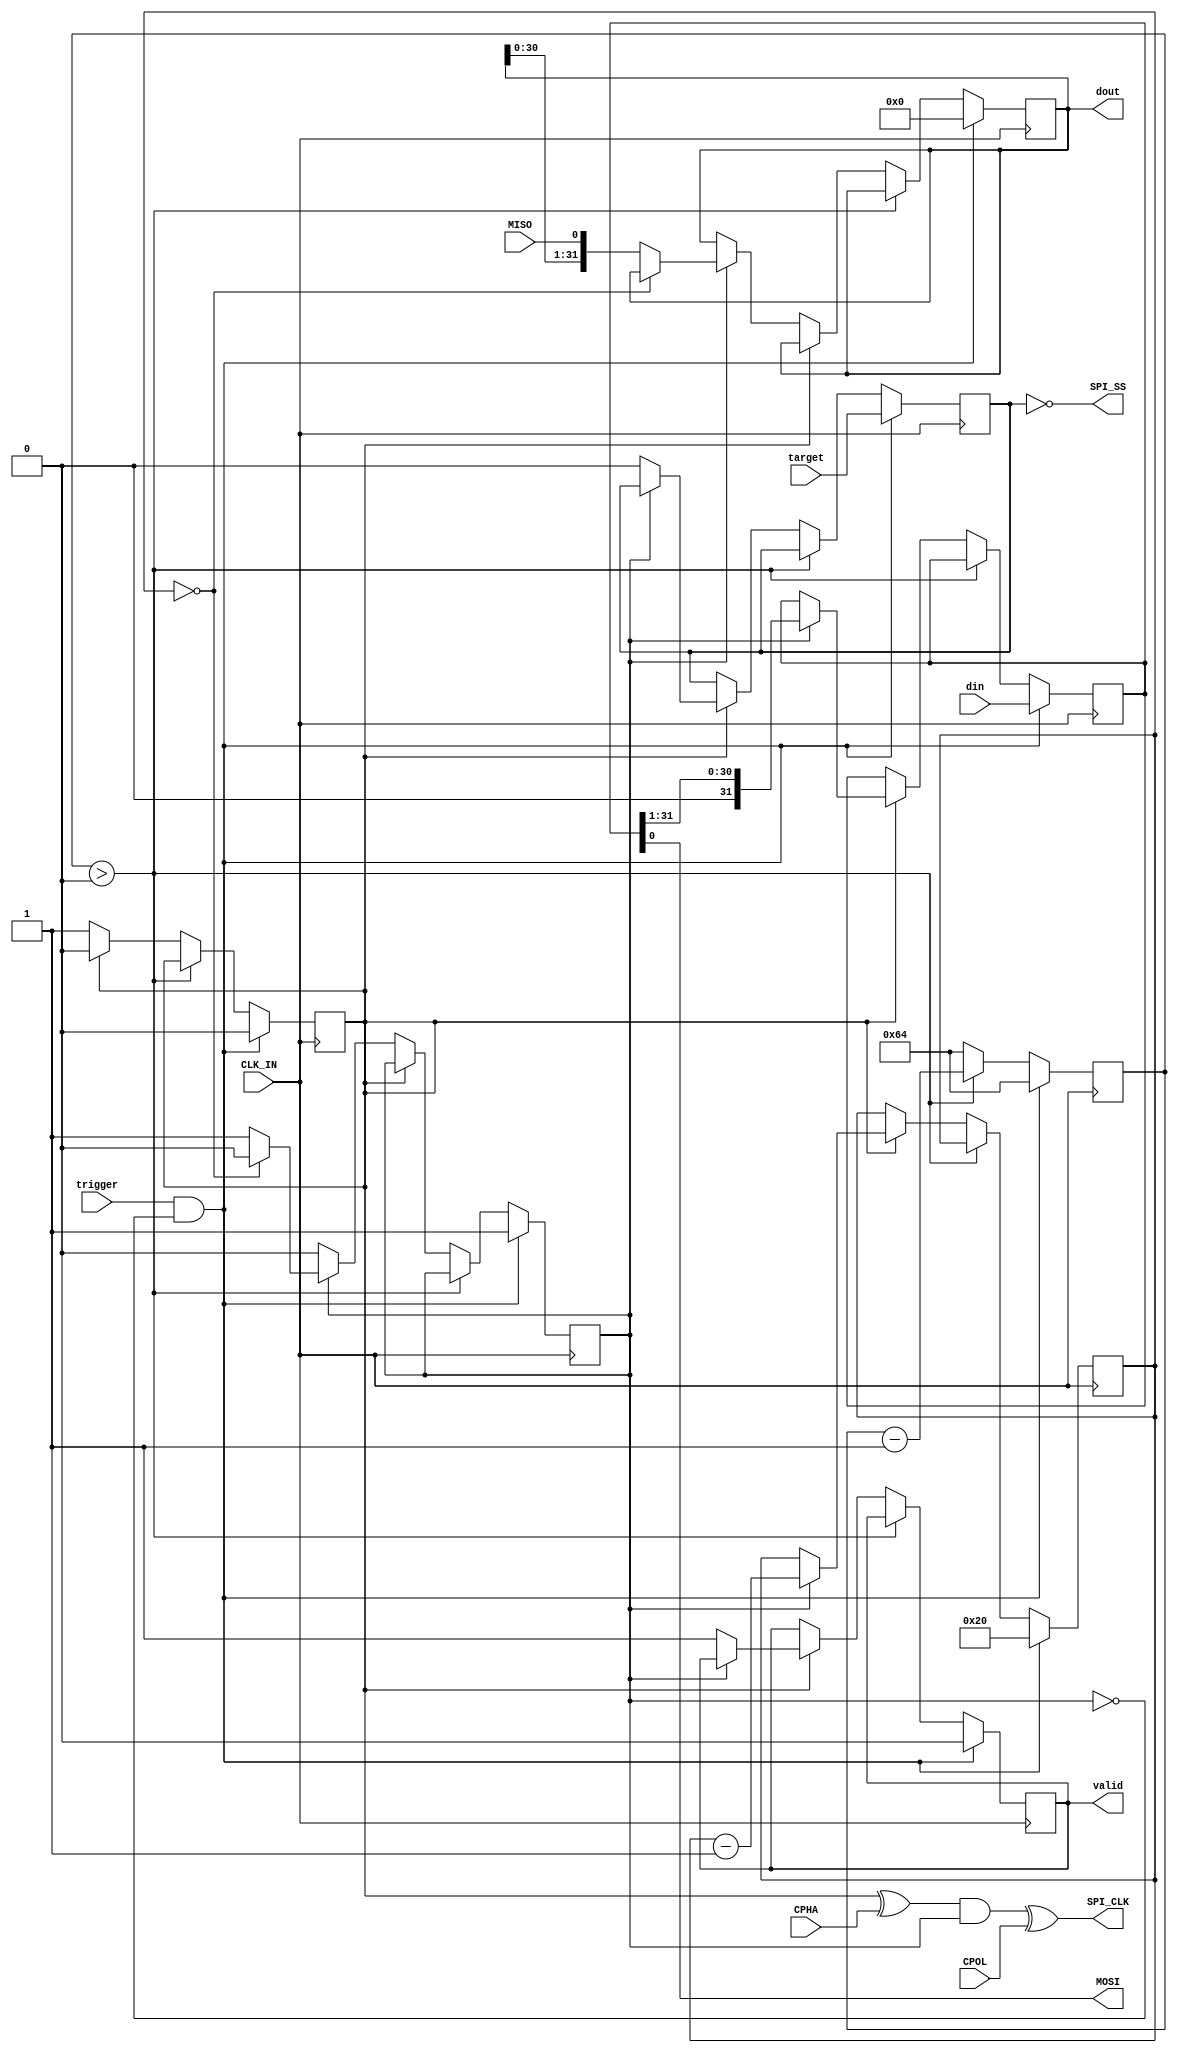
`timescale 1ns / 1ps
//////////////////////////////////////////////////////////////////////////////////
// Company: 
// Engineer: 
// 
// Design Name: 
// Module Name:    spi_master 
// Project Name: 
// Target Devices: 
// Tool versions: 
// Description: 
//
// Dependencies: 
//
// Revision: 
// Revision 0.01 - File Created
// Additional Comments: 
//
//////////////////////////////////////////////////////////////////////////////////
module spi_master_4byte(
    MISO,
    MOSI,
    SPI_CLK,
    SPI_SS,
    CLK_IN,
    din,
    dout,
    trigger,
    target,
	 valid,
	 CPOL,
	 CPHA
    );
	 
	 parameter N = 1; //number of slave select bits
	 parameter C = 32; //maximum transmission length in bits, up to 2^32
	 parameter CLK_RATIO = 100;

	 input MISO;
    output MOSI;
    output SPI_CLK;
    output [N - 1:0] SPI_SS;
    input CLK_IN;
    input [C - 1:0] din;
    output [C - 1:0] dout;
    input trigger;
    input [N - 1:0] target;
	 output valid;
	 input CPOL;
	 input CPHA;
	 
	 reg [C - 1:0] shift_out;
	 reg [C - 1:0] shift_in;
	 reg [31:0] counter;
	 reg running;
	 reg valid_i;
	 reg [N - 1: 0] SS_i;
	 reg SPI_CLK_i;
	 reg [31:0] clk_div;
	 
	 initial running = 0;
	 initial valid_i = 0;
	 initial SS_i = 0;
	 initial SPI_CLK_i = 0;
	 initial clk_div = CLK_RATIO;
	 
	 always @(posedge CLK_IN) begin
		if (trigger & ~running) begin
			running <= 1;
			counter <= C;
			shift_out <= din;
			shift_in <= 0;
			SS_i <= target;
			valid_i <= 0;
			clk_div <= CLK_RATIO;
			SPI_CLK_i <= 0;
		end else if (clk_div > 0) begin
			clk_div <= clk_div - 1;  
		end else begin
			clk_div <= CLK_RATIO;
			if (SPI_CLK_i == 0) begin
				SPI_CLK_i <= 1;
				if (running) begin
					if (counter == 0) begin
						running <= 0;
						shift_in <= shift_in;
					end else begin
						shift_in <= {shift_in[C - 2:0], MISO};
					end
				end
			end else begin
				SPI_CLK_i <= 0;
				if (running) begin		
					shift_out <= {1'b0, shift_out[C - 1:1]};
					counter <= counter - 1;
				end else begin
					SS_i <= 0;
					valid_i <= 1;
				end
			end
		end
	 end
	 
	 assign SPI_CLK = ((SPI_CLK_i ^ CPHA) & running) ^ CPOL;
	 assign SPI_SS = ~SS_i;
	 assign MOSI = shift_out[0];
	 assign dout = shift_in;
	 assign valid = valid_i;
endmodule